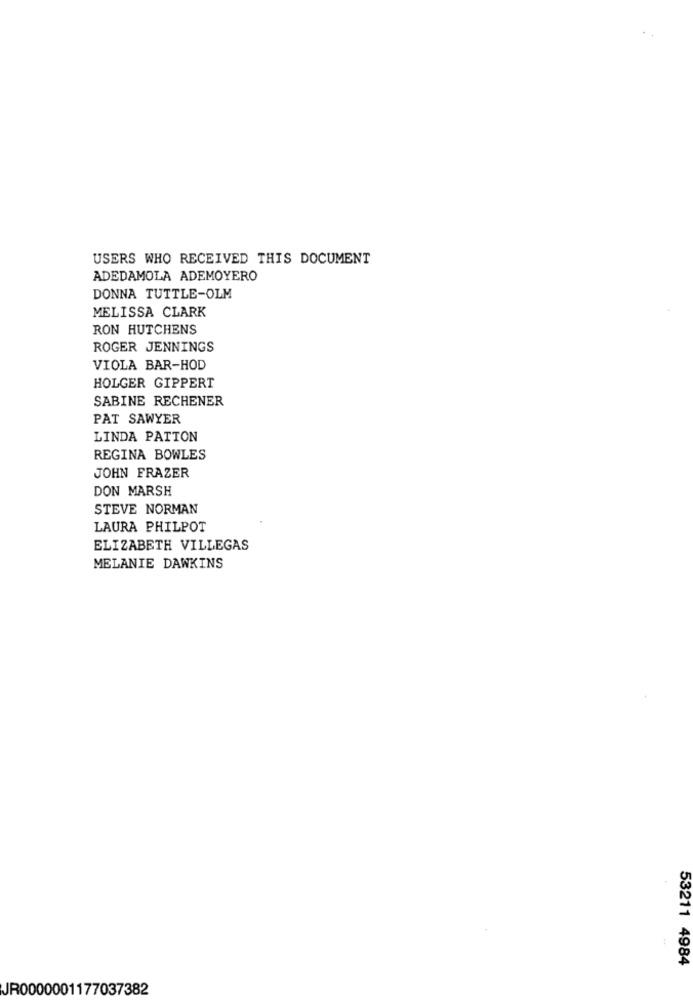
USERS WHO RECEIVED THIS DOCUMENT
ADEDAMOLA ADEMOYERO
DONNA TUTTLE-OLM
MELISSA CLARK
RON HUTCHENS
ROGER JENNINGS
VIOLA BAR-HOD
HOLGER GIPPERT
SABINE RECHENER
PAT SAWYER
LINDA PATTON
REGINA BOWLES
JOHN FRAZER
DON MARSH
STEVE NORMAN
LAURA PHILPOT
ELIZABETH VILLEGAS
MELANIE DAWKINS
53211 4984
JR0000001177037382